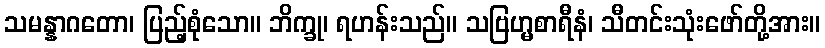
သမန္နာဂတော၊ ပြည့်စုံသော။ ဘိက္ခု၊ ရဟန်းသည်။ သဗြဟ္မစာရီနံ၊ သီတင်းသုံးဖော်တို့အား။